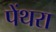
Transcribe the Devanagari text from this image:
पेंथरा